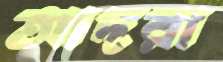
আদরা